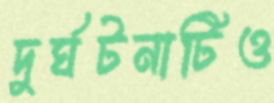
দুর্ঘটনাটিও